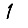
Digit: 1